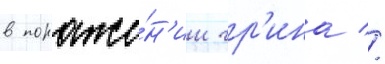
в пораже́н'ии гр'ина //